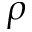
\rho